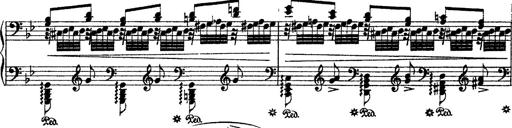
Title: Ã‰tudes d'exÃ©cution transcendante d'aprÃ¨s Paganini
Composer: Franz Liszt